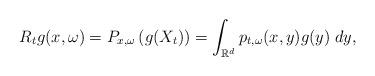
LaTeX: \begin{align*}R_tg(x,\omega)=P_{x,\omega}\left(g(X_t)\right)=\int_{\mathbb{R}^d}p_{t,\omega}(x,y)g(y)\;dy,\end{align*}